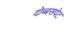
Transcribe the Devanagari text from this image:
दोब्बसपेट